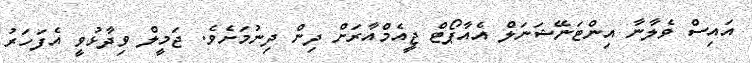
އައިސް ވެލާނާ އިންޓަނޭޝަނަލް އެއާޕޯޓް ޖީއެމްއާރަށް ދިން ދިނުމަށެވެ. ޖަމީލް ވިދާޅުވީ އެފަހަރު